Inquiry into the circumstances attending an outbreak of cholera in H. M.'s 18th Hussars at Secunderabad in the month of May
Year: 1871
Disease focus: Cholera
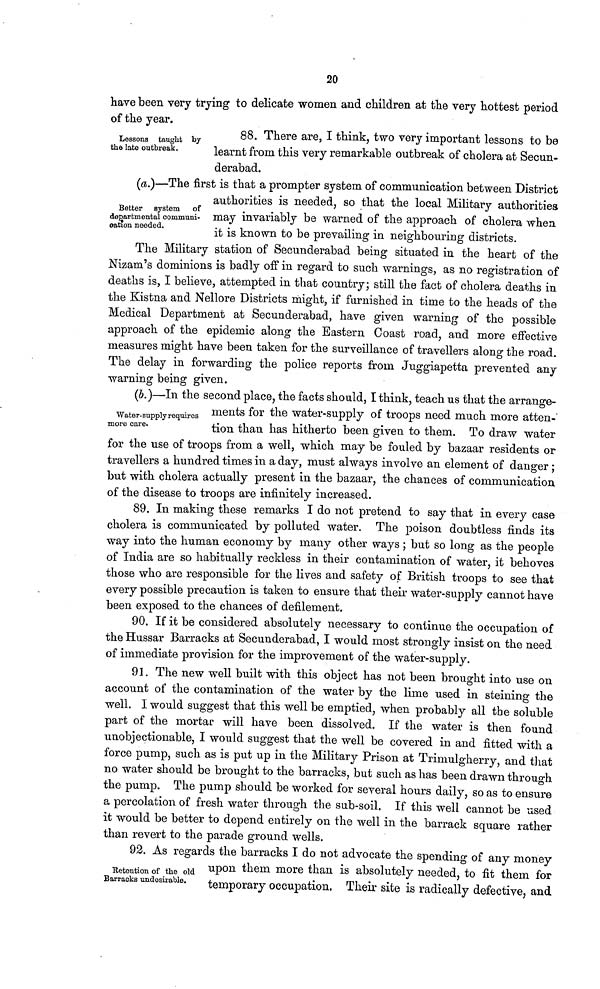
20
Lessons taught by
the late outbreak.
have been very trying to delicate women and children at the very hottest period
of the year.
88. There are, I think, two very important lessons to be
learnt from this very remarkable outbreak of cholera at Secun-
derabad.
Better system of
departmental communi-
ation needed.
(a.)—The first is that a prompter system of communication between District
authorities is needed, so that the local Military authorities
may invariably be warned of the approach of cholera when
it is known to be prevailing in neighbouring districts.
The Military station of Secunderabad being situated in the heart of the
Nizam's dominions is badly off in regard to such warnings, as no registration of
deaths is, I believe, attempted in that country; still the fact of cholera deaths in
the Kistna and Nellore Districts might, if furnished in time to the heads of the
Medical Department at Secunderabad, have given warning of the possible
approach of the epidemic along the Eastern Coast road, and more effective
measures might have been taken for the surveillance of travellers along the road.
The delay in forwarding the police reports from Juggiapetta prevented any
warning being given.
Water-supply requires
more care.
(b.)—In the second place, the facts should, I think, teach us that the arrange-
ments for the water-supply of troops need much more atten-
tion than has hitherto been given to them. To draw water
for the use of troops from a well, which may be fouled by bazaar residents or
travellers a hundred times in a clay, must always involve an element of danger ;
but with cholera actually present in the bazaar, the chances of communication
of the disease to troops are infinitely increased.
89. In making these remarks I do not pretend to say that in every case
cholera is communicated by polluted water. The poison doubtless finds its
way into the human economy by many other ways ; but so long as the people
of India are so habitually reckless in their contamination of water, it behoves
those who are responsible for the lives and safety of British troops to see that
every possible precaution is taken to ensure that their water-supply cannot have
been exposed to the chances of defilement.
90. If it be considered absolutely necessary to continue the occupation of
the Hussar Barracks at Secunderabad, I would most strongly insist on the need
of immediate provision for the improvement of the water-supply.
91. The new well built with this object has not been brought into use on
account of the contamination of the water by the lime used in steining the
well. I would suggest that this well be emptied, when probably all the soluble
part of the mortar will have been dissolved. If the water is then found
unobjectionable, I would suggest that the well be covered in and fitted with a
force pump, such as is put up in the Military Prison at Trimulgherry, and that
no water should be brought to the barracks, but such as has been drawn through
the pump. The pump should be worked for several hours daily, so as to ensure
a percolation of fresh water through the sub-soil. If this well cannot be used
it would be better to depend entirely on the well in the barrack square rather
than revert to the parade ground wells.
Retention of the old
Barracks undesirable.
92. As regards the barracks I do not advocate the spending of any money
upon them more than is absolutely needed, to fit them for
temporary occupation, Their site is radically defective, and